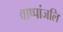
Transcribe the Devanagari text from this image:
वाष्पांजलि